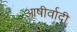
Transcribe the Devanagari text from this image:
आषीर्वादी